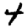
Digit: 4